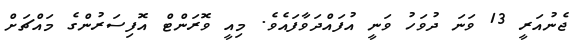
ޖެނުއަރީ 13 ވަނަ ދުވަހު ވަނީ އުފައްދަވާފައެވެ. މިއީ ވޮރަންޓް އޮފިސަރުންގެ މައްޗަށް